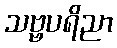
သဗ္ဗပရိညာ